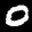
Label: 0